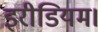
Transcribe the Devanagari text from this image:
इरीडियम।